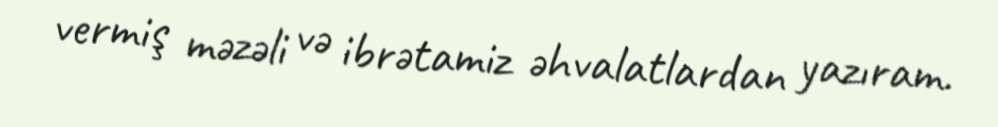
vermiş məzəli və ibrətamiz əhvalatlardan yazıram.